Report on vaccination in Madras 1922-1929 - 1922-1929
Year: 1922
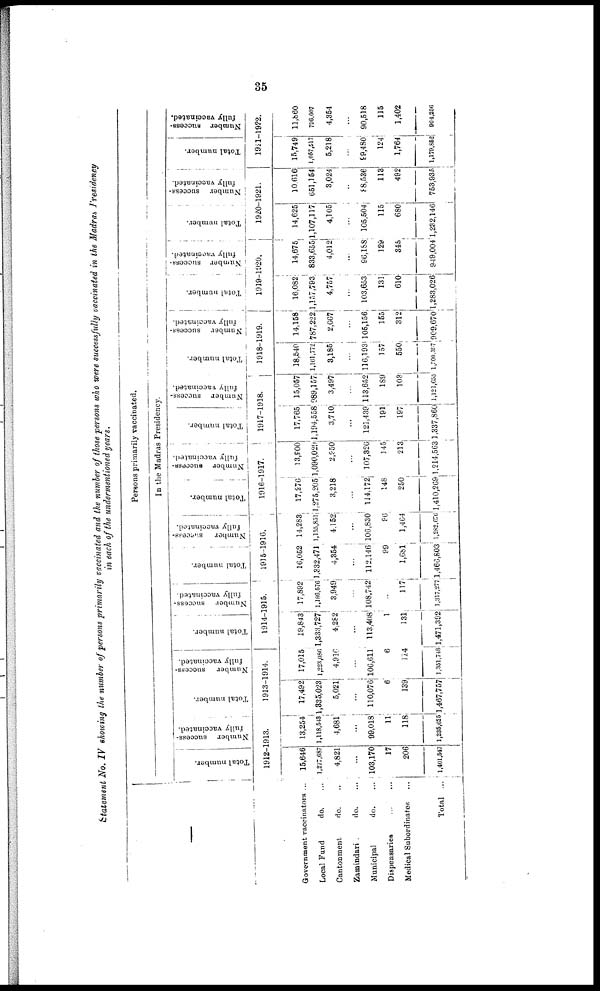
35
Statement No. IV showing the number of persons primarily vaccinated and the number of those persons who were successfully vaccinated in the Madras Presidency
in each of the undermentioned years.
—
Government vaccinators ...
Local Fund
do. ...
Cantonment
do. ...
Zamindari
do. ...
Municipal
do. ...
Dispensaries
...
...
Medical Subordinates ...
Total ...
Persons primarily vaccinated.
In the Madras Presidency.
Total number.
Number success-
fully vaccinated.
1912-1913.
15,646
1,277,687
4,821
...
103,170
17
206
1,401,547
13,254
1,118,543
4,681
...
99,018
11
118
1,235,025
Total number.
Number success-
fully vaccinated.
1913-1914.
17,492
1,335,023
5,021
...
110,076
6
139
1,467,757
17,015
1,223,086
4,916
...
106,611
6
114
1,351,748
Total number.
Number success-
fully vaccinated.
1914-1915.
19,843
1,333,727
4,282
...
113,408
1
131
1,471,392
17,892
1,186,576
3,949
...
108,742
...
117
1,317,277
Total number.
Number success-
fully vaccinated.
1915-1916.
16,052
1,332,471
4,354
...
112,146
99
1,681
1,466,803
14,283
1,155,851
4,152
...
106,830
96
1,464
1,282,676
Total number.
Number success-
fully vaccinated.
1916-1917.
17,276
1,275,205
3,218
...
114,172
148
250
1,410,269
13,900
1,090,029
2,950
...
107,326
145
213
1,214,563
Total number.
Number success-
fully vaccinated.
1917-1918.
17,765
1,194,558
3,710
...
121,439
191
197
1,337,860
15,057
989,157
3,497
...
113,652
189
103
1,121,655
Total number.
Number success-
fully vaccinated.
1918-1919.
18,540
1,161,772
3,185
...
116,193
157
550
1,300,397
14,158
787,222
2,667
...
105,156
155
312
909,670
Total number.
Number success-
fully vaccinated.
1919-1920.
16,082
1,157,793
4,757
...
103,653
131
610
1,283,026
14,675
833,655
4,012
...
96,188
129
345
949,004
Total number.
Number success-
fully vaccinated.
1920-1921.
14,625
1,107,117
4,105
...
105,504
115
680
1,232,146
10,616
651,154
3,024
..
88,536
113
492
753,935
Total number.
Number success-
fully vaccinated.
1921-1922.
15,749
1,057,517
5,218
...
99,480
124
1,764
1,179,852
11,860
796,007
4,354
...
90,518
115
1,402
904,256